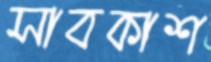
সাবকাশ